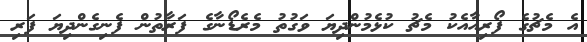
އެ މެޗުގެ ފޯރިއާއެކު މެޗު ކުޅެމުންދިޔަ ވަގުތު މެރެޑޯނާގެ ފަރާތުން ފެނިގެންދިިޔަ ފަރި